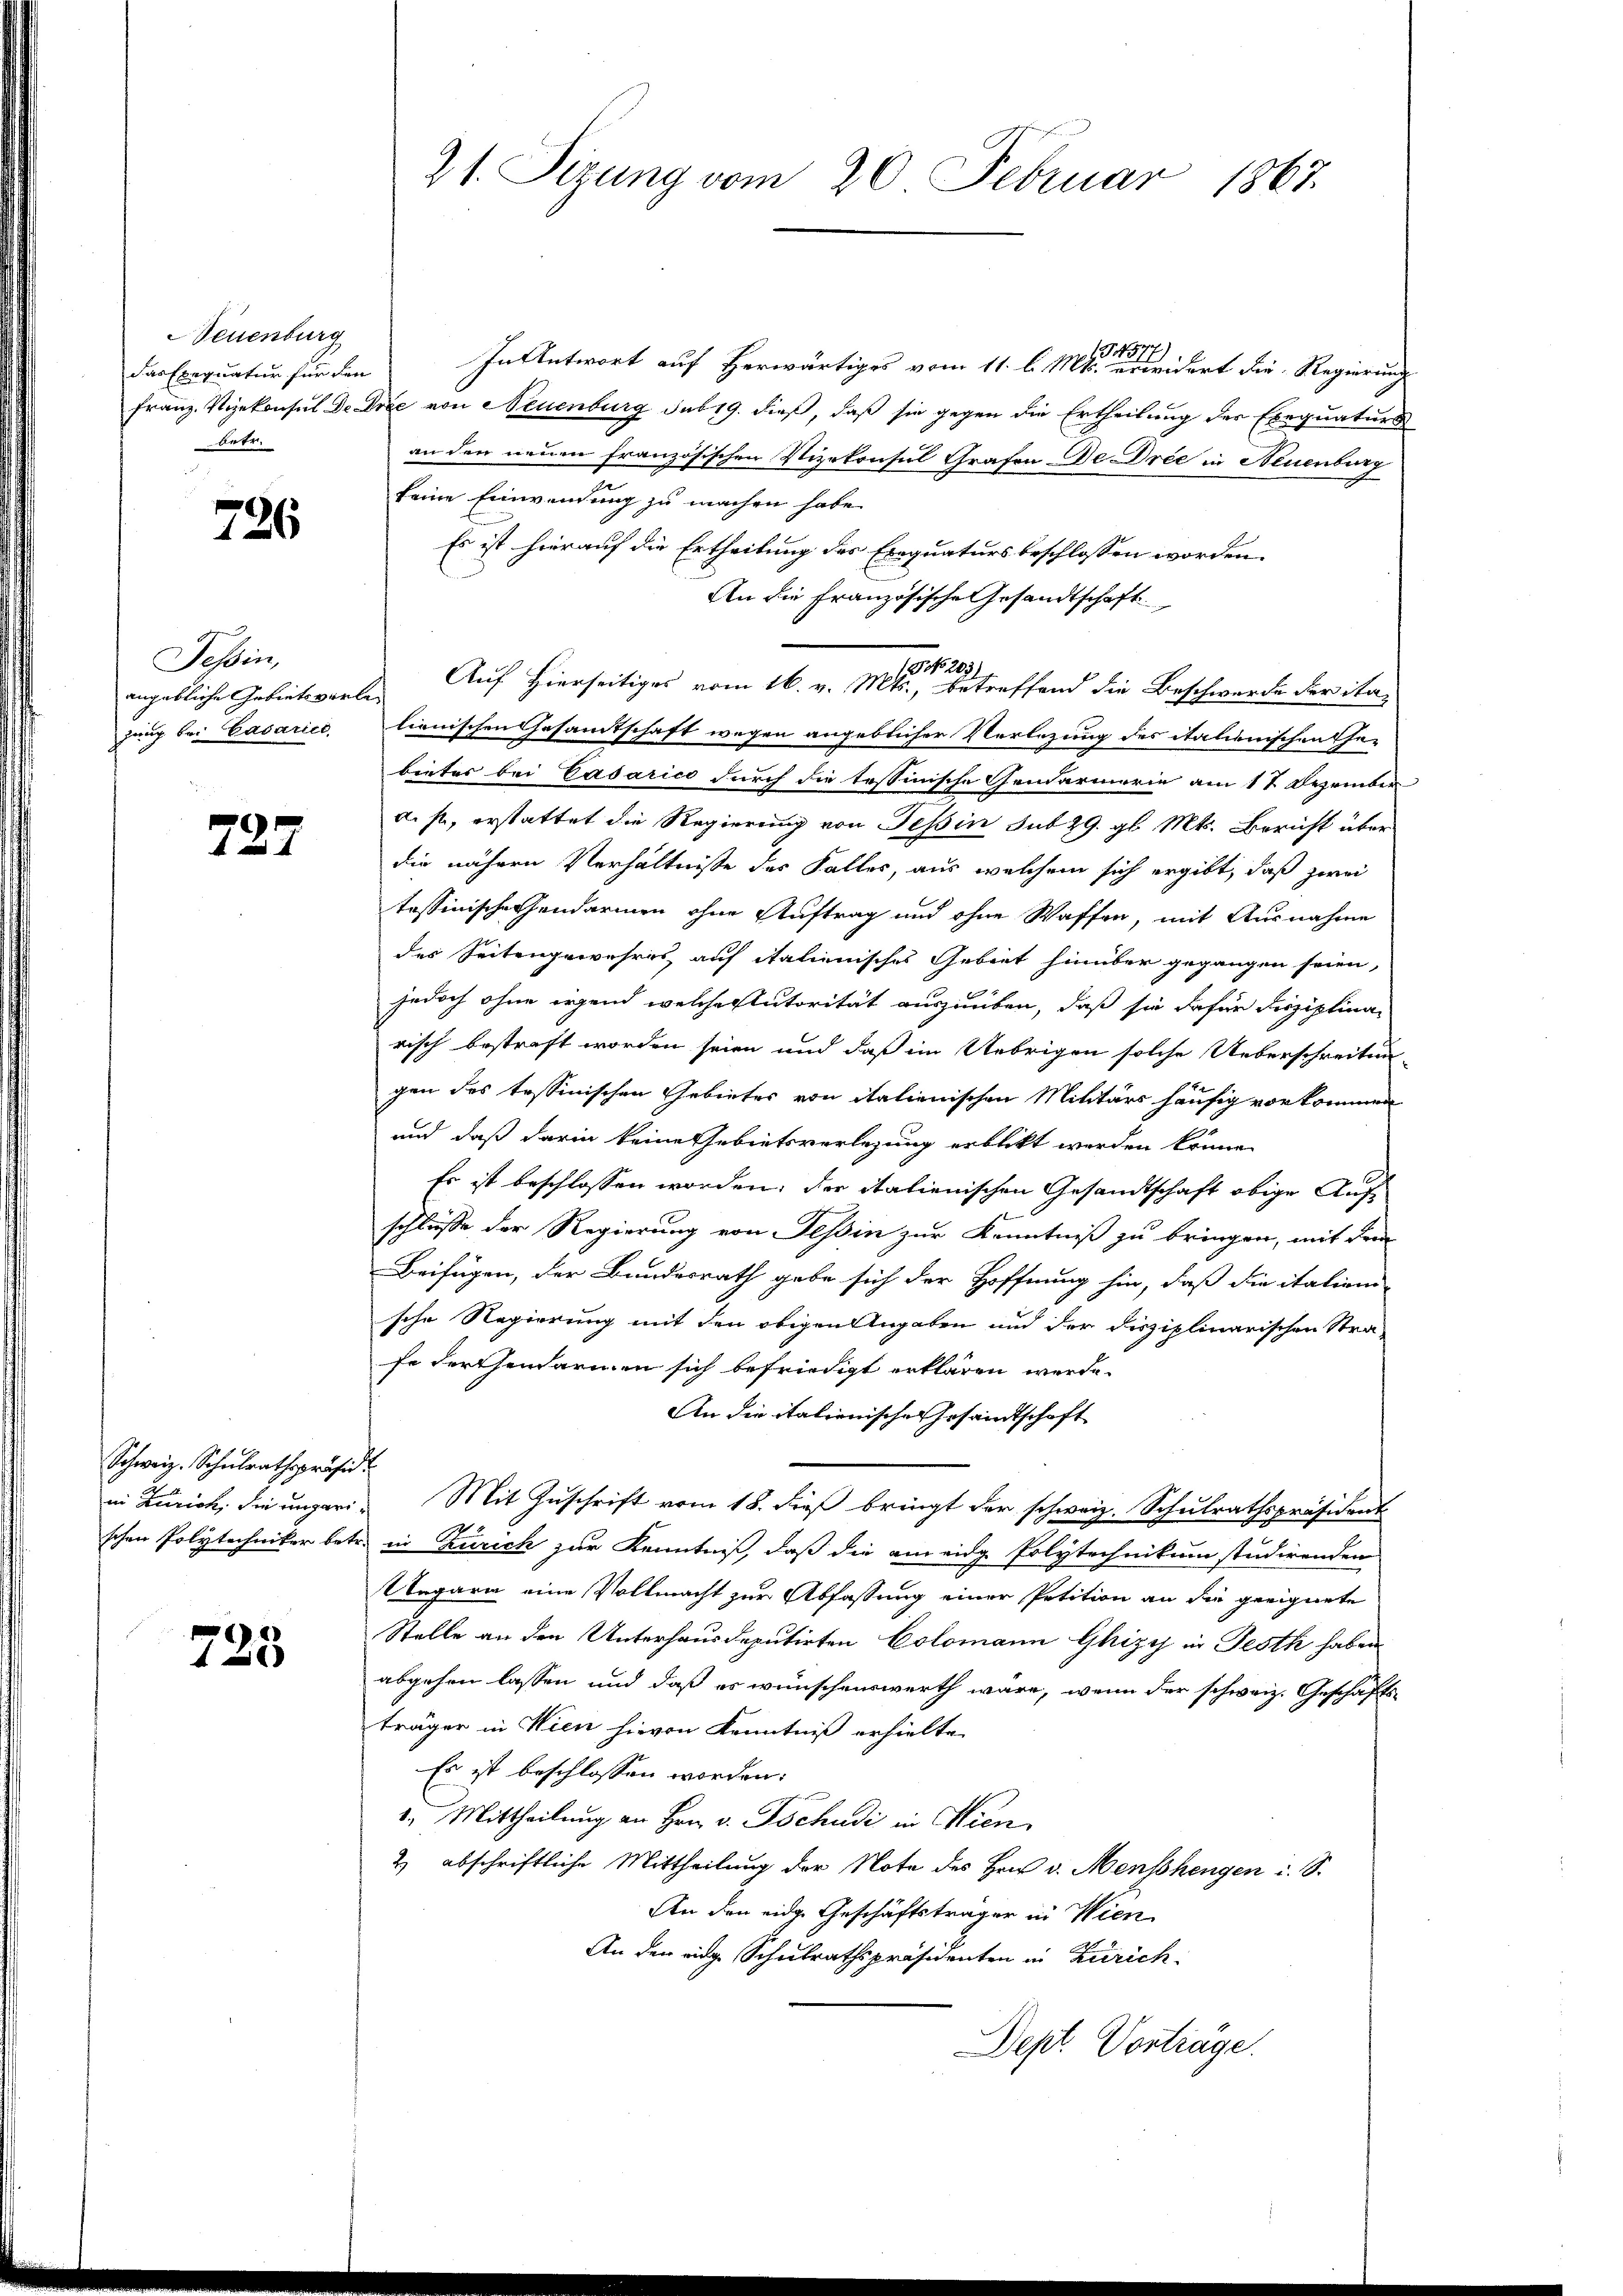
Neuenburg
Das Exequatur für den
betr.

726.

Tessin,
zung bei Cavariel

727

Schweiz. Schulrathspräsid

728

In Antwort auf Herwärtiges vom 11. l. Mts. erwidert die Regierung
Franz. Vizekonsul de Die von Neuenburg sub 19. dieß, daß sie gegen die Ertheilung der Exequaturs
an der neuen französischen Vizekonsul Grafen De Dree in Neuenburg
keine Einwendung zu machen habe.
Es ist hierauf die Ertheilung des Exequaturs beschlossen worden.
An die Französische Gesandtschaft
22
angebliche Gebieteverte Auf Hierseitiges vom 16. v. Mts., betreffend die Beschwerde der ita-
lienischen Gesandtschaft wegen angeblicher Verlegung des italienischen Ehe-
bieter bei Casarico durch die tessinische Gendarmerin am 17 Dezember
d. f, erstattet die Regierung von Tessin sub 29. gl. Mts. Bericht über
die nähern Verhältnisse des Falles, aus welchem sich ergibt, daß zwei
tessinische Gendarmen ohne Auftrag und ohne Waffen, mit Ausnahme
des Seitengewehres auf italienisches Gebiet hinüber gegangen seien,
jedoch ohne irgend welche Autorität auszuüben, daß sie dafür disziplina
risch bestraft worden seien und daß im Uebrigen solche Ueberschreitun-
gen des tessinischen Gebietes von italienischen Militärs häufig vorkommen
und daß darin keine Gebietsverlegung erblickt werden könne.
Es ist beschlossen worden; der italienischen Gesandtschaft obige Aufschluße der Regierung von Tessin zur Kenntniß zu bringen, mit dem
Beifügen, der Bundesrath gebe sich der Hoffnung hin, daß die italien-
sche Regierung mit den obigen Angaben und der disziplinarischen Stra-
fe dersendarmen sich befriedigt erklären werde.
An die italienische Gesandtschaft
in Zürich, die ungar. Mit Zuschrift vom 18. dieß bringt der schweiz. Schulrathspräsident
schen Polytechniker betr. in Zürich zur Kenntniß, daß die am eidg. Polytechnikum studirenden
Ungarin eine Vollmacht zur Abfassung einer Petition an die geeignete
Stelle an den Unterhausdeputirten Colomann Ghizy in Festh haben
abgehen lassen und daß es wünschenswerth wäre, wenn der schweiz. Geschäfts-
träger in Wien hievon Kenntniß erhielte.
Es ist beschlossen worden:
2. Mittheilung an Hrn. v. Tschudi in Wien,
2) abschriftliche Mittheilung der Note des Herr v. Menschengen i. S.
An den eidge Geschäftsträger in Wien
An den einge Schulrathspräsidenten in Zürich
Dept. Vorträge.

21. Sizung vom 20. Februar 1867.